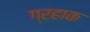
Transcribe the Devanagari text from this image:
ग्रहाक